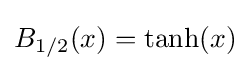
B_{1/2}(x)=\tanh(x)